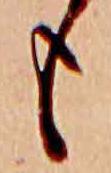
も